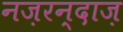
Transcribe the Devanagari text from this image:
नज़रन्दाज़